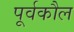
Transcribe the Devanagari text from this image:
पूर्वकौल